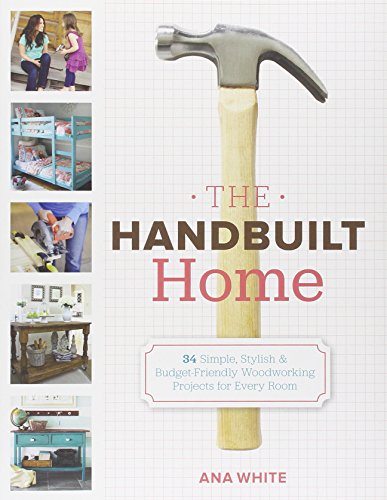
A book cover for The Handbuilt Home: 34 Simple Stylish and Budget-Friendly Woodworking Projects for Every Room; Ana White; Crafts, Hobbies & Home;